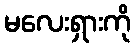
မလေးရှားကို